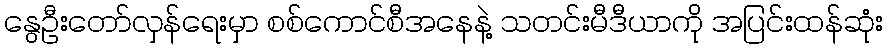
နွေဦးတော်လှန်ရေးမှာ စစ်ကောင်စီအနေနဲ့ သတင်းမီဒီယာကို အပြင်းထန်ဆုံး